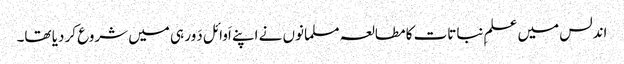
اندلس میں علمِ نباتات کا مطالعہ مسلمانوں نے اپنے اَوائل دَور ہی میں شروع کر دیا تھا۔